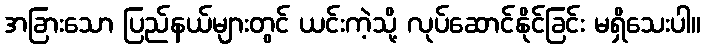
အခြားသော ပြည်နယ်များတွင် ယင်းကဲ့သို့ လုပ်ဆောင်နိုင်ခြင်း မရှိသေးပါ။